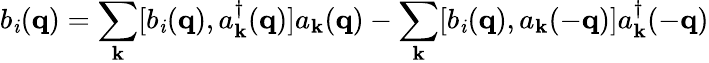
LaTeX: b_{\mathit{i}}({\mathbf{{q}}})=\sum_{{\mathbf{{k}}}}[b_{\mathit{i}}({\mathbf{{q}}}),a_{{\mathbf{{k}}}}^{\dagger}({\mathbf{{q}}})]a_{{\mathbf{{k}}}}({\mathbf{{q}}})-\sum_{{\mathbf{{k}}}}[b_{\mathit{i}}({\mathbf{{q}}}),a_{{\mathbf{{k}}}}(-{\mathbf{{q}}})]a_{{\mathbf{{k}}}}^{\dagger}(-{\mathbf{{q}}})